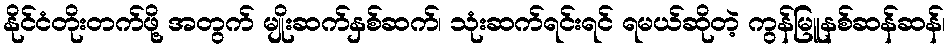
နိုင်ငံတိုးတက်ဖို့ အတွက် မျိုးဆက်နှစ်ဆက်၊ သုံးဆက်ရင်းရင် ရမယ်ဆိုတဲ့ ကွန်မြူနစ်ဆန်ဆန်၊